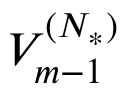
V _ { m - 1 } ^ { ( { N _ { * } } ) }